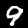
Label: 9